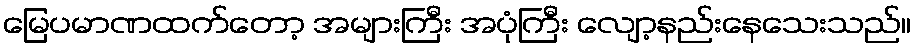
မြေပမာဏထက်တော့ အများကြီး အပုံကြီး လျော့နည်းနေသေးသည်။